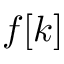
f [ k ]